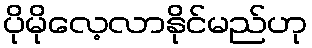
ပိုမိုလေ့လာနိုင်မည်ဟု